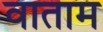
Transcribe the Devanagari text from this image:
वाताम